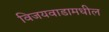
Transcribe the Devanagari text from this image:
विजयवाडामधील